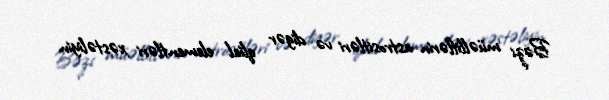
Bəzi müəlliflərin astrositləri və digər qlial elementləri xəstəliyin